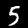
Digit: 5